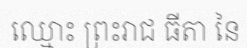
ឈ្មោះ ព្រះរាជ ធីតា នៃ